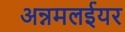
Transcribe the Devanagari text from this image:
अन्नमलईयर